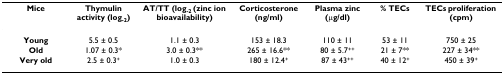
<table><thead><tr><td><b>Mice</b></td><td><b>Thymulin activity (log<sub>-2</sub>)</b></td><td><b>AT/TT (log<sub>-2 </sub>(zinc ion bioavailability)</b></td><td><b>Corticosterone (ng/ml)</b></td><td><b>Plasma zinc (μg/dl)</b></td><td><b>% TECs</b></td><td><b>TECs proliferation (cpm)</b></td></tr></thead><tbody><tr><td><b>Young</b></td><td>5.5 ± 0.5</td><td>1.1 ± 0.3</td><td>153 ± 18.3</td><td>110 ± 11</td><td>53 ± 11</td><td>750 ± 25</td></tr><tr><td><b>Old</b></td><td>1.07 ± 0.3*</td><td>3.0 ± 0.3**</td><td>265 ± 16.6**</td><td>80 ± 5.7<sup>++</sup></td><td>21 ± 7**</td><td>227 ± 34**</td></tr><tr><td><b>Very old</b></td><td>2.5 ± 0.3<sup>+</sup></td><td>1.0 ± 0.3</td><td>180 ± 12.4<sup>+</sup></td><td>87 ± 43<sup>++</sup></td><td>40 ± 12<sup>+</sup></td><td>450 ± 39<sup>+</sup></td></tr></tbody></table>